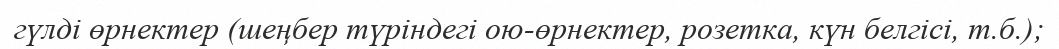
гүлді өрнектер (шеңбер түріндегі ою-өрнектер, розетка, күн белгісі, т.б.);